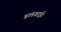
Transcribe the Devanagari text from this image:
डलवाई।